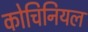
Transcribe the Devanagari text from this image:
कोचिनियल